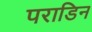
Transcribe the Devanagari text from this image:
पराडिन